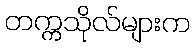
တက္ကသိုလ်များက